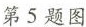
第5题图